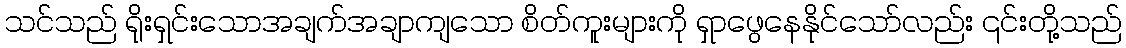
သင်သည် ရိုးရှင်းသောအချက်အချာကျသော စိတ်ကူးများကို ရှာဖွေနေနိုင်သော်လည်း ၎င်းတို့သည်